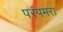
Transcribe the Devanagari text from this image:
परंपमरा